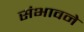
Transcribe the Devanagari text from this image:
संभावने